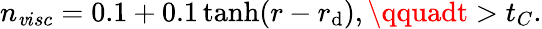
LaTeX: n_{\mathit{v}isc}=0.1+0.1\operatorname{tanh}(r-r_{\mathrm{d}}),\qquadt>t_{C}.